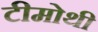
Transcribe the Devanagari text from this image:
टीमोथी